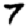
Digit: 7